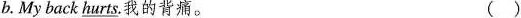
b. My back \underline{hurts}.我的背痛.。 ()